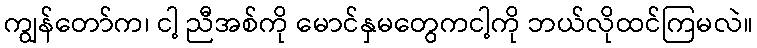
ကျွန်တော်က၊ ငါ့ ညီအစ်ကို မောင်နှမတွေကငါ့ကို ဘယ်လိုထင်ကြမလဲ။